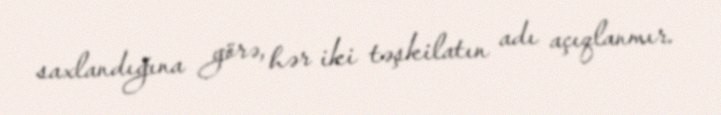
saxlandığına görə, hər iki təşkilatın adı açıqlanmır.